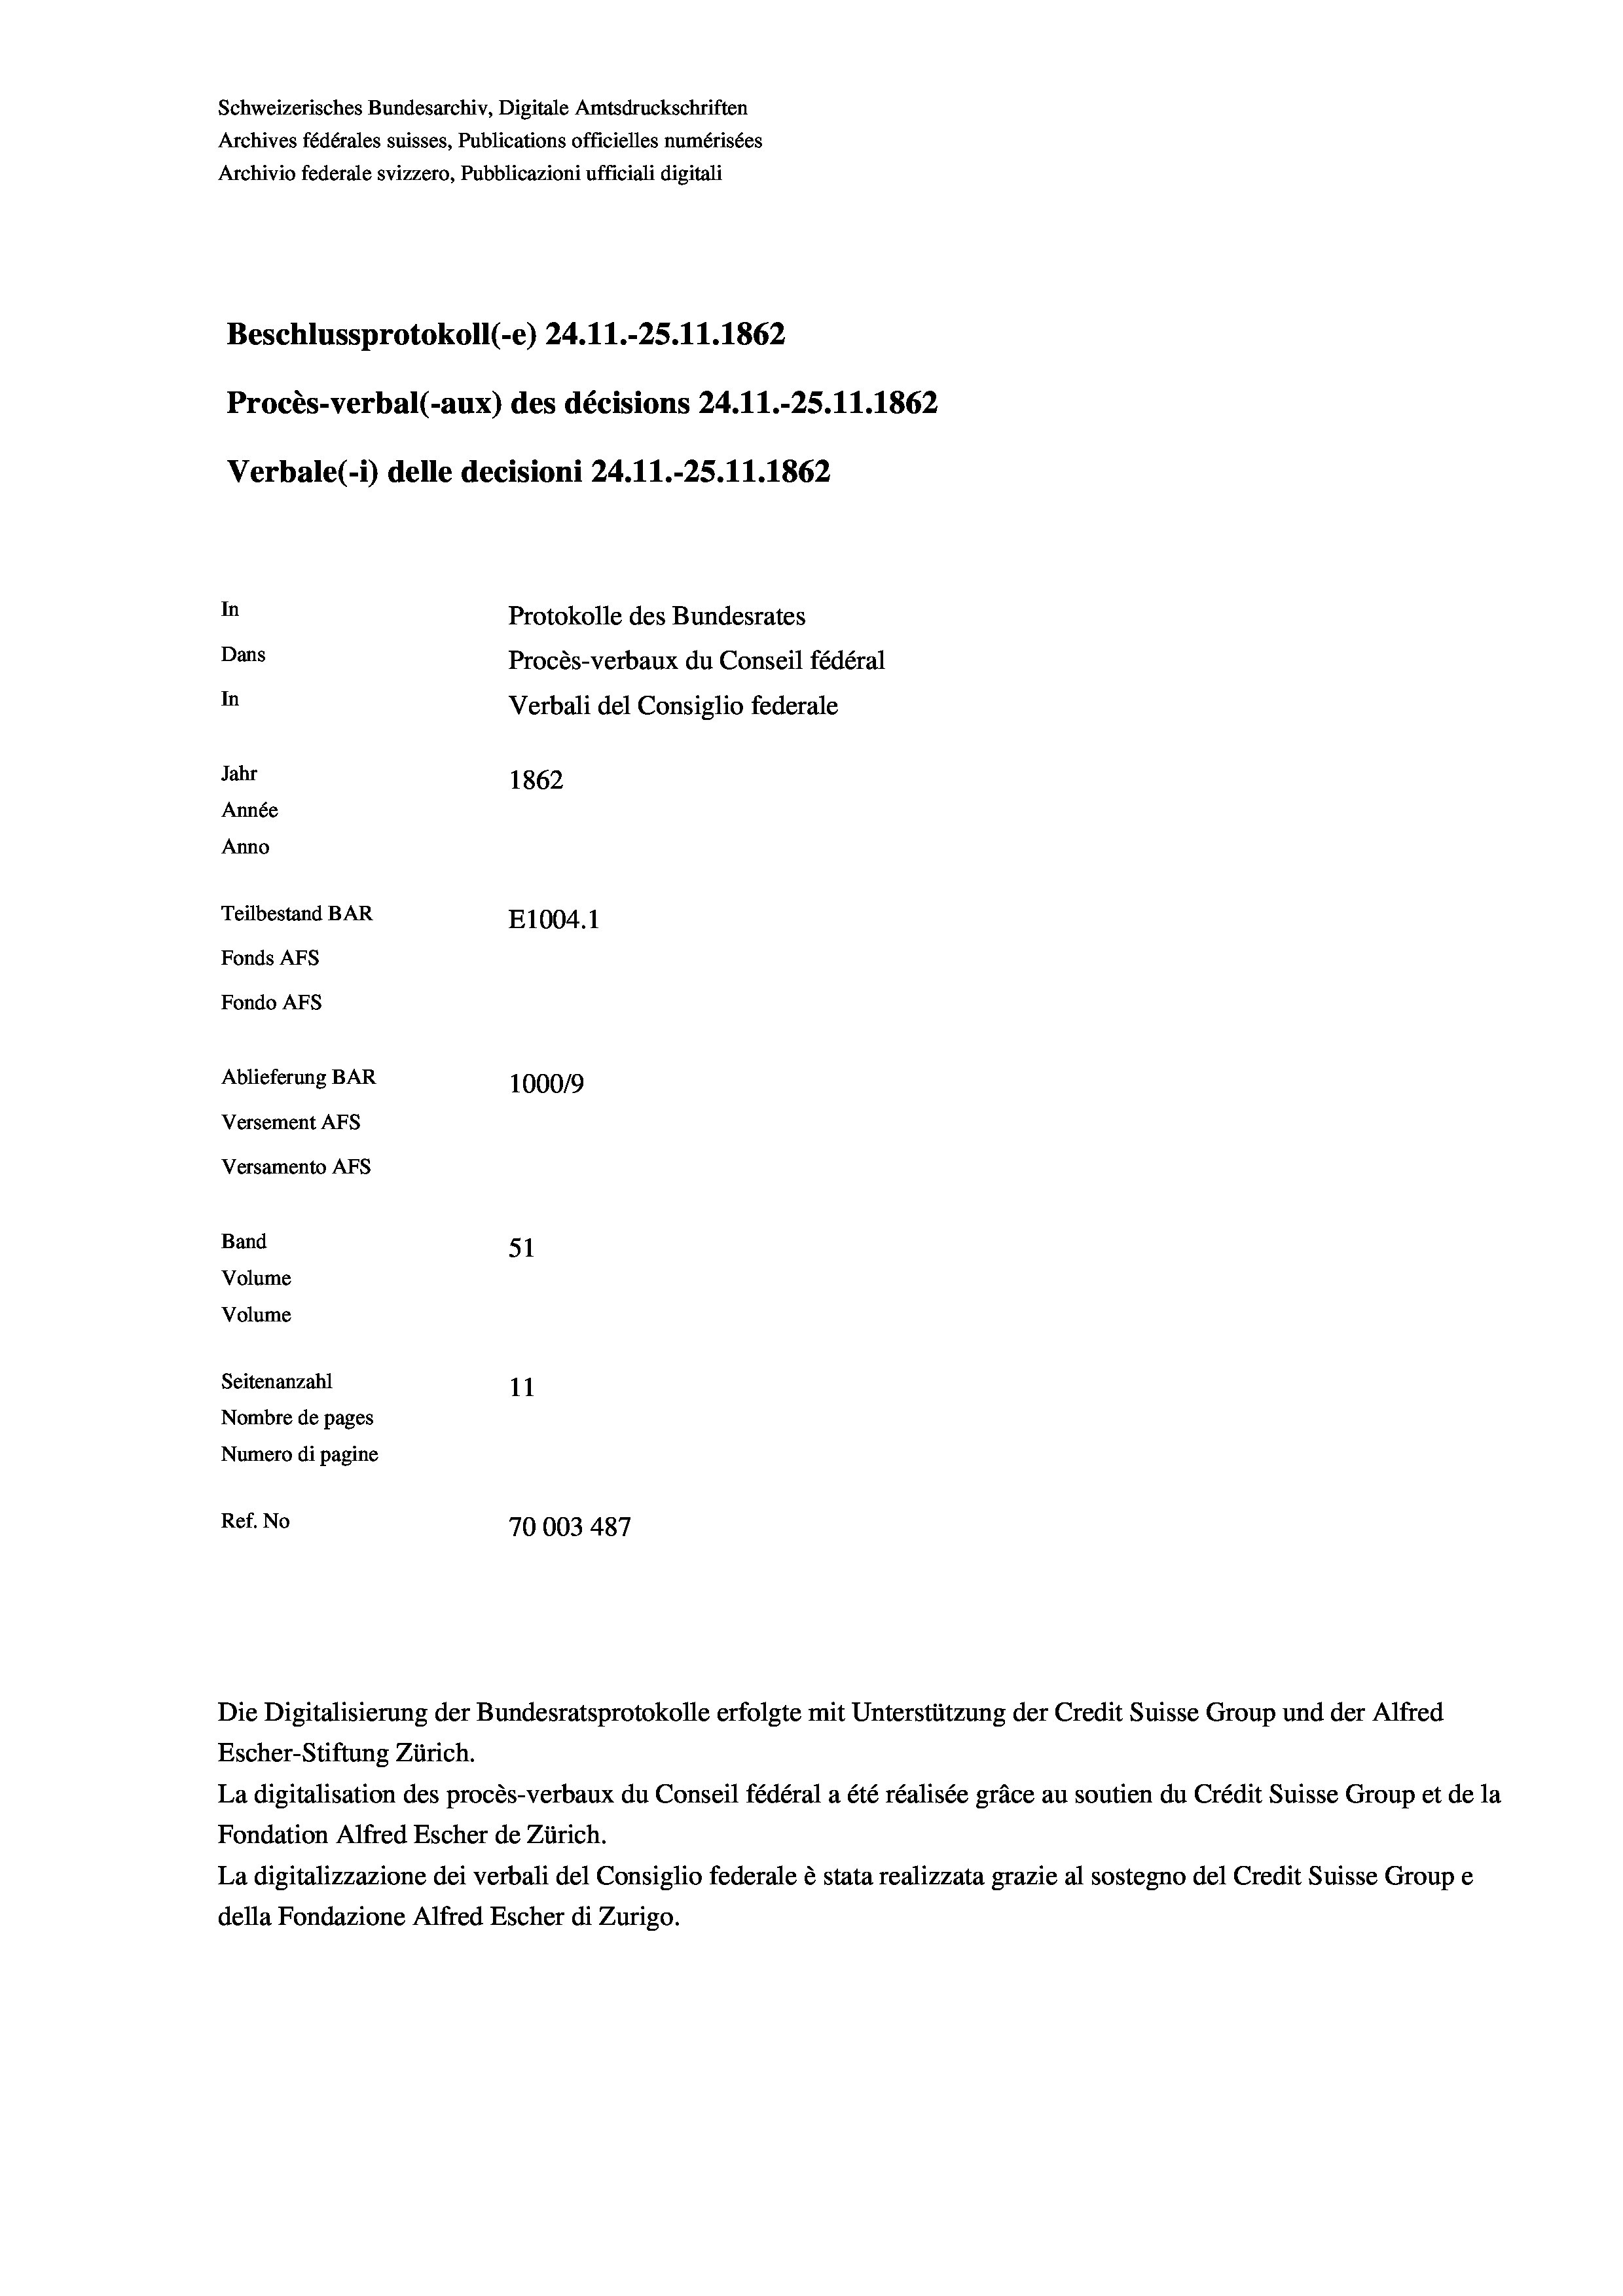
Beschlussprotokoll (-e) 24.11.-25.11.1862
In
Protokolle des Bundesrates
Dans
Procès-verbaux du Conseil fédéral
In
Verbali del Consiglio federale
Jahr
1862
Année
Anno
Teilbestand BAR
E1004. 1
Fonds AFs
Fondo AFs

Schweizerisches Bundesarchiv, Digitale Amtsdruckschriften
Archives fédérales suisses, Publications officielles numérisées
Archivio federale svizzero, Pubblicazioni ufficiali digitali

Procès-verbal (-aux) des décisions 24.11.-25.11.1862
Verbale(-*) delle decisioni 24.11.-25.11.1862

Ablieferung BAR
100019
Versement AFs
Versamento AFs
Band
51
Volume
Volume
Seitenanzahl
11
Nombre de pages
Numero di pagine

Ref. No
70003 487

Die Digitalisierung der Bundesratsprotokolle erfolgte mit Unterstützung der Credit Suisse Group und der Alfred
Escher-Stiftung Zürich.
La digitalisation des procès-verbaux du Conseil fédéral a été réalisée gräce au soutien du Crédit Suisse Group et de la
Fondation Alfred Escher de Zürich.
La digitalizzazione dei verbali del Consiglio federale è stata realizzata grazie al sostegno del Credit Suisse Groupe
della Fondazione Alfred Escher di Zurigo.